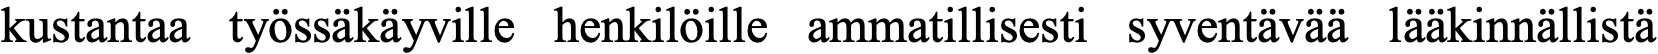
kustantaa työssäkäyville henkilöille ammatillisesti syventävää lääkinnällistä